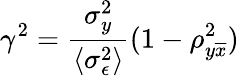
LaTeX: \gamma^{2}=\frac{\sigma_{y}^{2}}{\langle\sigma_{\epsilon}^{2}\rangle}(1-\rho_{y\overline{{x}}}^{2})